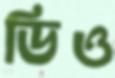
ডিও